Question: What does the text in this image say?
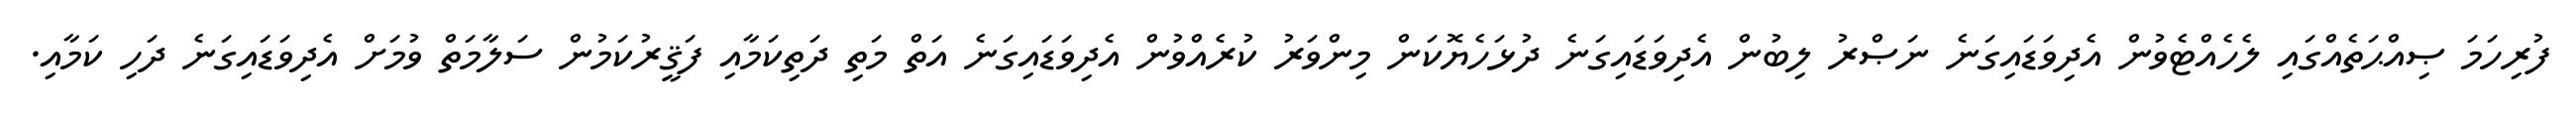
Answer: ފުރިހަމަ ޞިއްޙަތެއްގައި ލެހެއްޓެވުން އެދިވަޑައިގަނެ ނަޞްރު ލިބުން އެދިވަޑައިގަނެ ދުޅަހެޔޮކަން މިންވަރު ކުރެއްވުން އެދިވަޑައިގަނެ އަތް މަތި ދަތިކަމާއި ފަޤީރުކަމުން ސަލާމަތް ވުމަށް އެދިވަޑައިގަނެ ދަހި ކަމާއި.